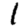
Digit: 1